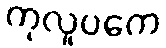
ကုလူပကေ